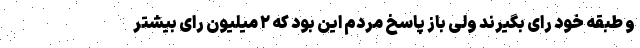
و طبقه خود رای بگیرند ولی باز پاسخ مردم این بود که ۲ میلیون رای بیشتر